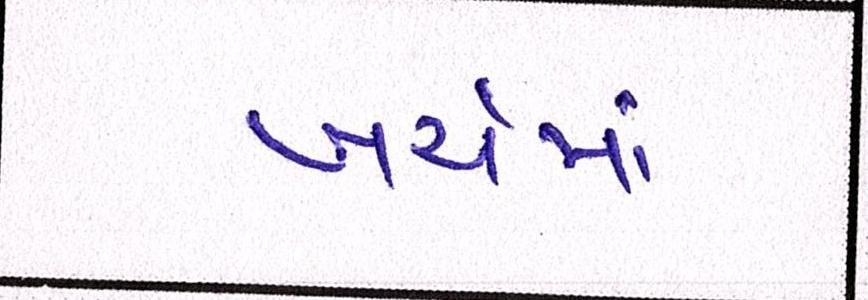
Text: ખર્ચમાં